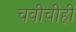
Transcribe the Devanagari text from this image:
चवीचीही